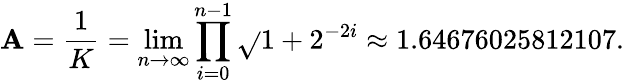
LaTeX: \mathbf{A}={\frac{{1}}{{K}}}=\operatorname*{lim}_{n\to\infty}\prod_{i=0}^{n-1}{\sqrt{}{{1+2^{-2i}}}}\approx1.64676025812107.